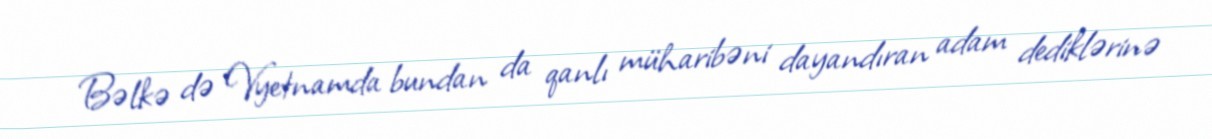
Bəlkə də Vyetnamda bundan da qanlı müharibəni dayandıran adam dediklərinə